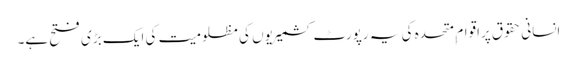
انسانی حقوق پراقوام ِ متحدہ کی یہ رپورٹ کشمیریوں کی مظلومیت کی ایک بڑی فتح ہے۔